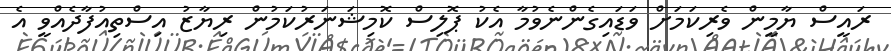
ރައީސް ޔާމީން ވެރިކަމަށް ވަޑައިގެންނެވުމާ އެކު ޕޮލިސް ކޮމިޝަނަރުކަމުން ރިޔާޒު އިސްތިއުފާދެއްވީ އެ